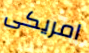
امريكى